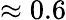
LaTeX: \approx 0.6